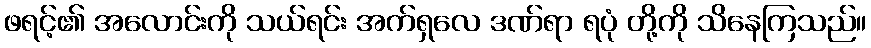
ဖရင့်၏ အလောင်းကို သယ်ရင်း အက်ရှလေ ဒဏ်ရာ ရပုံ တို့ကို သိနေကြသည်။